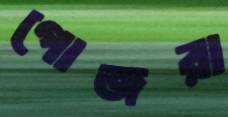
গোজরা